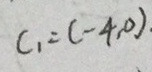
C _ { 1 } = ( - 4 , 0 )